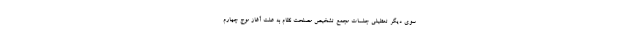
سوی دیگر تعطیلی جلسات مجمع تشخیص مصلحت نظام به علت آغاز موج چهارم